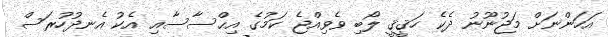
އަހަންނަށް މަޖުނޫނު ދެކެ ހަޤީޤީ ލޯބި ވެވިއްޖެ ކަމުގެ އިޙްސާސާއި އެކު އެނދުހުރަސް